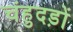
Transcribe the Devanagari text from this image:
चंहुदड़ों